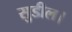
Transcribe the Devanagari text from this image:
सुडील।